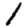
Digit: 1